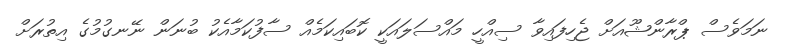
ނަމަވެސް ޕްރާންޝޫއަށް ޖެހިފައިވާ ސިއްހީ މައްސަލައަކީ ކޮބައިކަމެއް ސާފުކަމާއެކު ބުނަން ނޭނގުމުގެ އިތުރަށް